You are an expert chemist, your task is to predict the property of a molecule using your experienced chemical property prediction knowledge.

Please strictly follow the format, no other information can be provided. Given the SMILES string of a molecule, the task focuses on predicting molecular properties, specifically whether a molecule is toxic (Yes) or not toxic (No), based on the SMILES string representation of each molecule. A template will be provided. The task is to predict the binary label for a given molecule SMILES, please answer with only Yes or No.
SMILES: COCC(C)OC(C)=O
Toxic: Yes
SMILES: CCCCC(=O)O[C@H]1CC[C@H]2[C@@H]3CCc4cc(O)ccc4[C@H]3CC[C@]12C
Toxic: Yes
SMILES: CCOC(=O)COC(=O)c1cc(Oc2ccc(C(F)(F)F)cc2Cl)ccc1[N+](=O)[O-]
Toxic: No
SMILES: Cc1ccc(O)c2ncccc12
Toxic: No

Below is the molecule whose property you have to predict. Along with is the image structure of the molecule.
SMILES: ClC(Cl)=C(c1ccc(Cl)cc1)c1ccc(Cl)cc1
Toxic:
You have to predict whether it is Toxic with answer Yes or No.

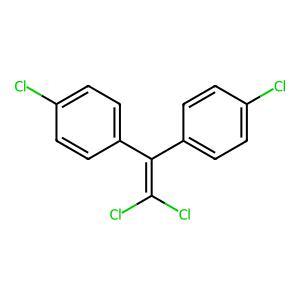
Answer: No